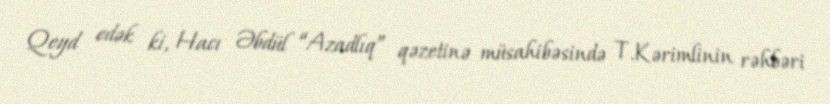
Qeyd edək ki, Hacı Əbdül “Azadlıq” qəzetinə müsahibəsində T.Kərimlinin rəhbəri